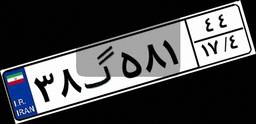
۳۸گ۵۸۱۴۴